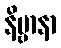
နိဗ္ဗာနာ